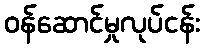
ဝန်ဆောင်မှုလုပ်ငန်း